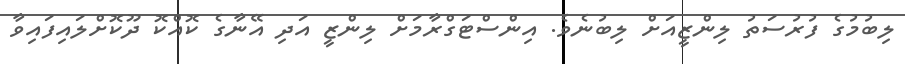
ލިބުމުގެ ފުރުސަތު ލިންޒީއަށް ލިބުނެވެ. އިންސްޓަގްރާމަށް ލިންޒީ އަދި އޭނާގެ ކޮއްކޮ ދޫކޮށްލައިފައިވާ